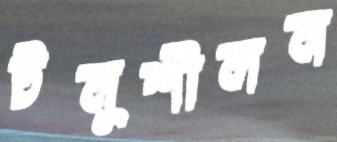
টনুশীলন